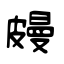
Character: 㿸